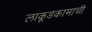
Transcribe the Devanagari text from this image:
लाकूडकामाची